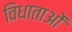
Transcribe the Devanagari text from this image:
विधाताओं